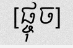
[ផ្ចុច]